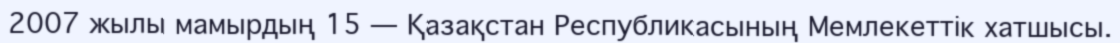
2007 жылы мамырдың 15 — Қазақстан Республикасының Мемлекеттік хатшысы.